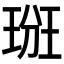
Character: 𤦦